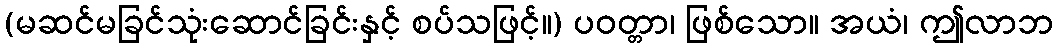
(မဆင်မခြင်သုံးဆောင်ခြင်းနှင့် စပ်သဖြင့်။) ပဝတ္တာ၊ ဖြစ်သော။ အယံ၊ ဤလာဘ